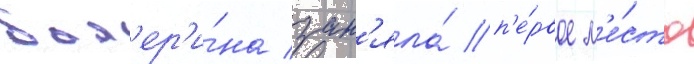
бал'ер'и́на зан'яла́ п'е́рвое м'е́сто